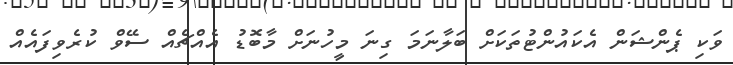
ވަކި ޕެންޝަން އެކައުންޓުތަކަށް ބަލާނަމަ ގިނަ މީހުނަށް މާބޮޑު އެއްޗެއް ސޭވް ކުރެވިފައެއް